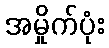
အမှိုက်ပုံး